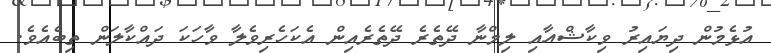
އުޅެމުން ދިޔައިރު ވިކާޝްއާއި ލިމްނާ ދޭތެރެ ދޭތެރެއިން އެކަހެރިވެލާ ވާހަކަ ދައްކާލަން ތިބެއެވެ.